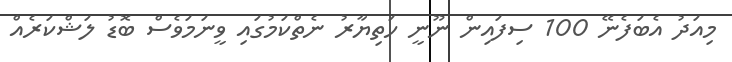
މިއަދު އެބަފެނޭ 100 ސިފައިން ނޫނީ ހަތިޔާރު ނެތްކަމުގައި ވީނަމަވެސް ބޮޑު ލަޝްކަރެއް